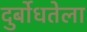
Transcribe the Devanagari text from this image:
दुर्बोधतेला